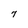
Character: 7